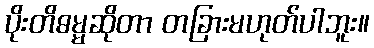
ပိုးတိဓမ္မဆိုတာ တခြားမဟုတ်ပါဘူး။